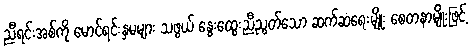
ညီရင်းအစ်ကို မောင်ရင်းနှမများ သဖွယ် နွေးထွေးညီညွတ်သော ဆက်ဆံရေးမျိုး စေတနာမျိုးဖြင့်